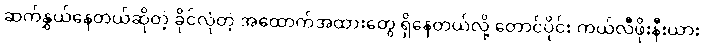
ဆက်နွှယ်နေတယ်ဆိုတဲ့ ခိုင်လုံတဲ့ အထောက်အထားတွေ ရှိနေတယ်လို့ တောင်ပိုင်း ကယ်လီဖိုးနီးယား